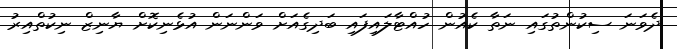
ދެވަނަ ސިކުންތުގައި ނަތާ ކެއުން ހުއްޓާލައިފައި ބަދިގެއަށް ވަންނަން އުޅެނިކޮށް ޔާނިޒް ނިކުތްއިރު